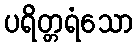
ပရိတ္တရံသော